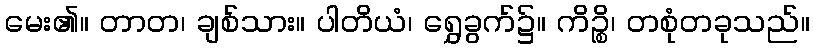
မေး၏။ တာတ၊ ချစ်သား။ ပါတိယံ၊ ရွှေခွက်၌။ ကိဉ္စိ၊ တစုံတခုသည်။